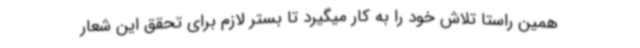
همین راستا تلاش خود را به کار میگیرد تا بستر لازم برای تحقق این شعار